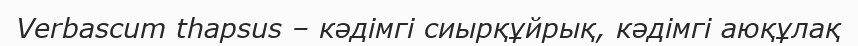
Verbascum thapsus – кәдімгі сиырқұйрық, кәдімгі аюқұлақ